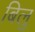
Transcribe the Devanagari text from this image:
बिलु